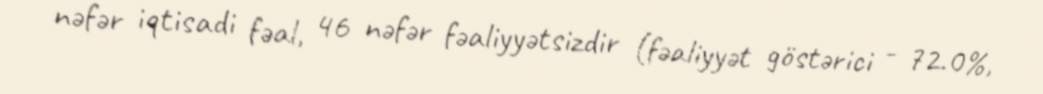
nəfər iqtisadi fəal, 46 nəfər fəaliyyətsizdir (fəaliyyət göstərici - 72.0%,